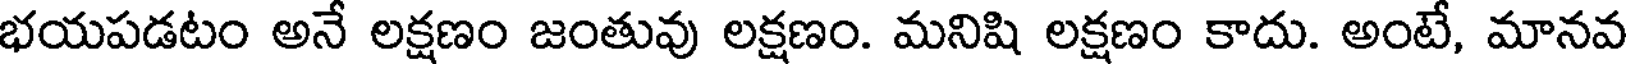
భయపడటం అనే లక్షణం జంతువు లక్షణం. మనిషి లక్షణం కాదు. అంటే, మానవ